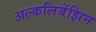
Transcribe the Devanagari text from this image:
अल्कलिबेंझिन